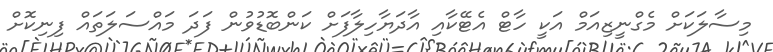
މިސާލަކަށް މެގްނީޒިއަމް އަކީ ހާޓް އެޓޭކާއި އާދަޔާހިލާފަށް ކަންބޮޑުވުން ފަދަ މައްސަލަތައް ފިނިކޮށް